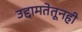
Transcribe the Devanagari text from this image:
उद्दामतेतूनही